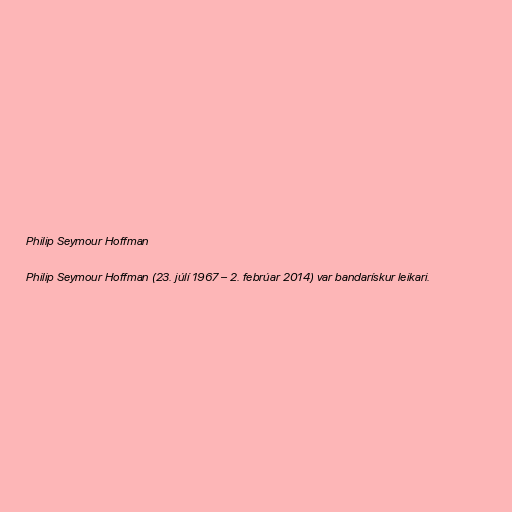
Philip Seymour Hoffman

Philip Seymour Hoffman (23. júlí 1967 – 2. febrúar 2014) var bandarískur leikari.